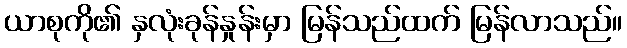
ယာစုကို၏ နှလုံးခုန်နှုန်းမှာ မြန်သည်ထက် မြန်လာသည်။